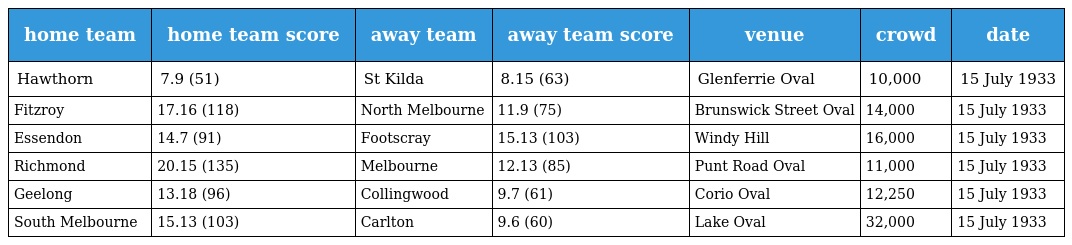
| home team | home team score | away team | away team score | venue | crowd | date |
 | --- | --- | --- | --- | --- | --- | --- |
 | Hawthorn | 7.9 (51) | St Kilda | 8.15 (63) | Glenferrie Oval | 10,000 | 15 July 1933 |
 | Fitzroy | 17.16 (118) | North Melbourne | 11.9 (75) | Brunswick Street Oval | 14,000 | 15 July 1933 |
 | Essendon | 14.7 (91) | Footscray | 15.13 (103) | Windy Hill | 16,000 | 15 July 1933 |
 | Richmond | 20.15 (135) | Melbourne | 12.13 (85) | Punt Road Oval | 11,000 | 15 July 1933 |
 | Geelong | 13.18 (96) | Collingwood | 9.7 (61) | Corio Oval | 12,250 | 15 July 1933 |
 | South Melbourne | 15.13 (103) | Carlton | 9.6 (60) | Lake Oval | 32,000 | 15 July 1933 |